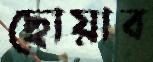
ছোয়াব